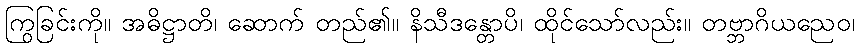
ကြွခြင်းကို။ အဓိဋ္ဌာတိ၊ ဆောက် တည်၏။ နိသီဒန္တောပိ၊ ထိုင်သော်လည်း။ တဗ္ဘာဂိယညေဝ၊